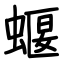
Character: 蝘